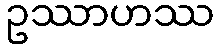
ဥဿာဟဿ